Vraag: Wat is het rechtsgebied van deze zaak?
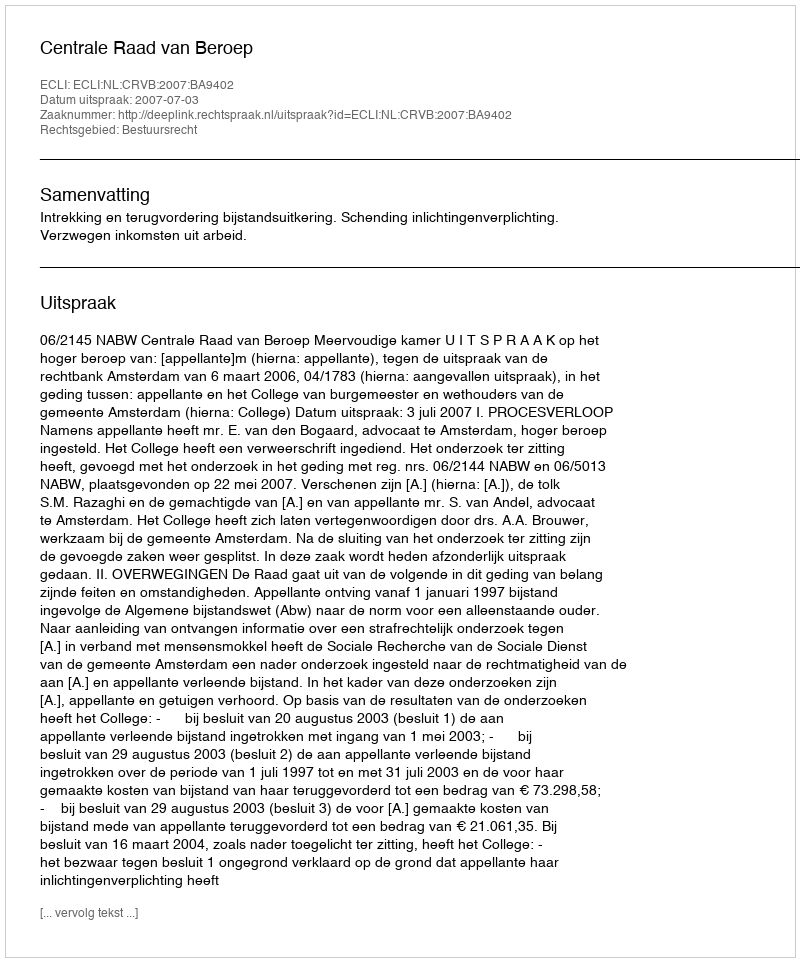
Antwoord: Bestuursrecht